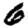
Digit: 6